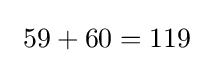
{\text{ }}59+60=119